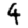
Digit: 4